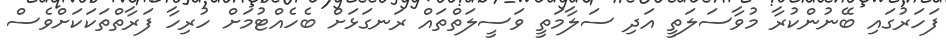
ފަހަރުގައި ބޭނުންކުރާ މުވާސަލަތީ އަދި ސަލާމަތީ ވަސީލަތްތައް ރަނގަޅަށް ބެހެއްޓުމަށް ހުރިހާ ފަރާތްތަކަކަށްވެސް